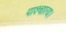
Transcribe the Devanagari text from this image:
पाश्चात्य।